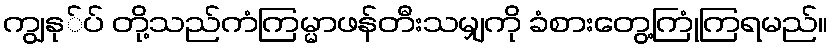
ကျွနု်ပ် တို့သည်ကံကြမ္မာဖန်တီးသမျှကို ခံစားတွေ့ကြုံကြရမည်။